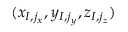
( x _ { I , j _ { x } } , y _ { I , j _ { y } } , z _ { I , j _ { z } } )